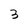
Character: 3